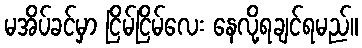
မအိပ်ခင်မှာ ငြိမ်ငြိမ်လေး နေလို့ရချင်ရမည်။